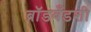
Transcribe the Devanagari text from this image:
ब्रॉडबँडशी